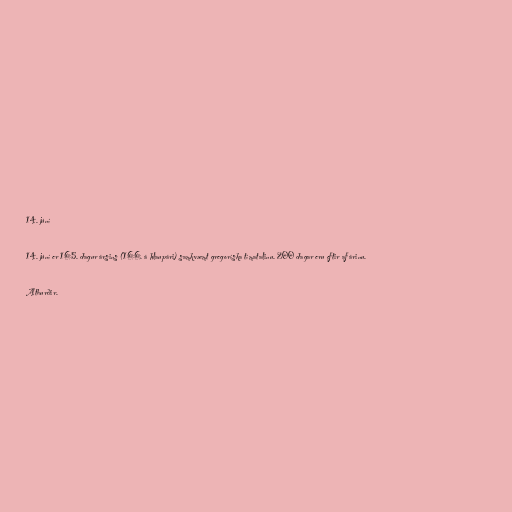
14. júní

14. júní er 165. dagur ársins (166. á hlaupári) samkvæmt gregoríska tímatalinu. 200 dagar eru eftir af árinu.

Atburðir.